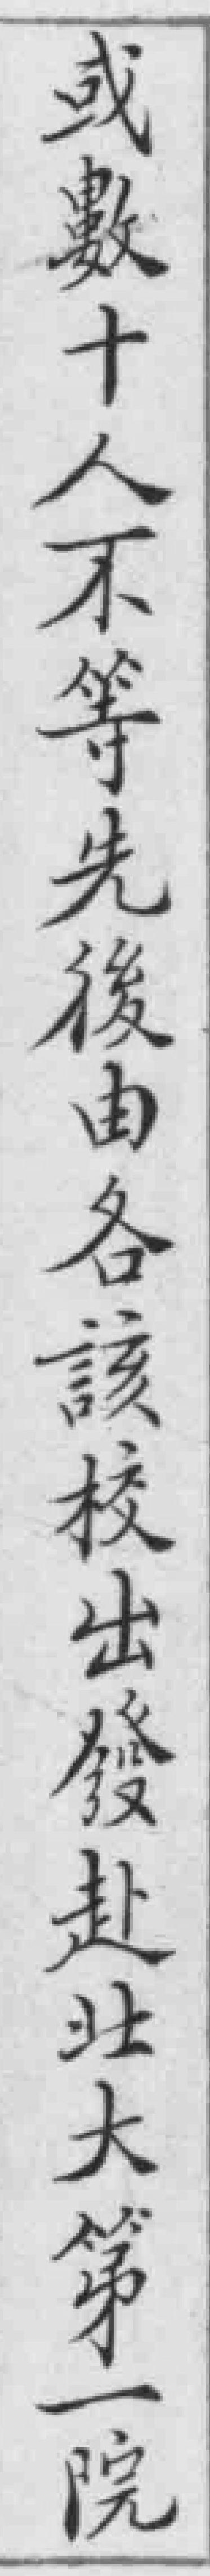
或數十人不等先後由各該校出發赴北大第一院